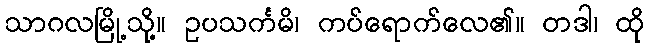
သာဂလမြို့သို့။ ဥပသင်္ကမိ၊ ကပ်ရောက်လေ၏။ တဒါ၊ ထို